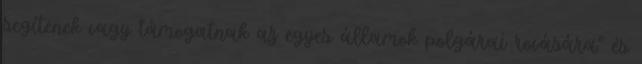
segítenek vagy támogatnak az egyes államok polgárai rovására” és